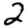
Digit: 2